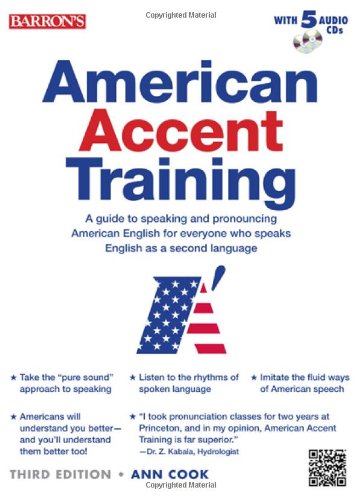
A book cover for American Accent Training with 5 Audio CDs; Ann Cook; Reference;